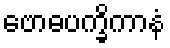
ဗောဓပက္ခိကာနံ